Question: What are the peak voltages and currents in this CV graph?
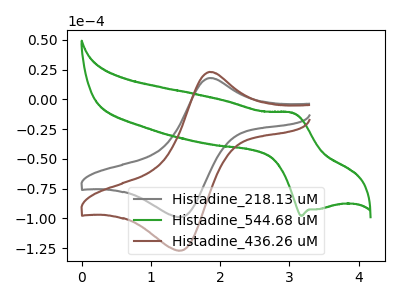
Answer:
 <answer>The gray curve "Histadine_218.13 uM" has an anodic peak at (1.85V, 17.95uA) and a cathodic peak at (1.45V, -98.95uA). The green curve "Histadine_544.68 uM" has an anodic peak at (3.05V, -11.45uA) and a cathodic peak at (3.15V, -97.90uA). The brown curve "Histadine_436.26 uM" has an anodic peak at (1.85V, 23.05uA) and a cathodic peak at (1.45V, -127.10uA).</answer>
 <eval></eval>